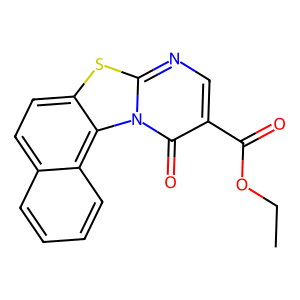
SMILES: CCOC(=O)c1cnc2sc3ccc4ccccc4c3n2c1=O
Inhibits HIV replication: No